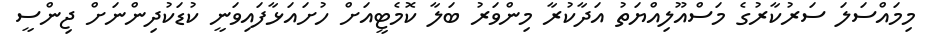
މިމައްސަލަ ސަރުކާރުގެ މަސްއޫލިއްޔަތު އަދާކުރާ މިންވަރު ބަލާ ކޮމެޓީއަށް ހުށައަޅާފައިވަނީ ކުޑަކުދިންނަށް ޖިންސީ